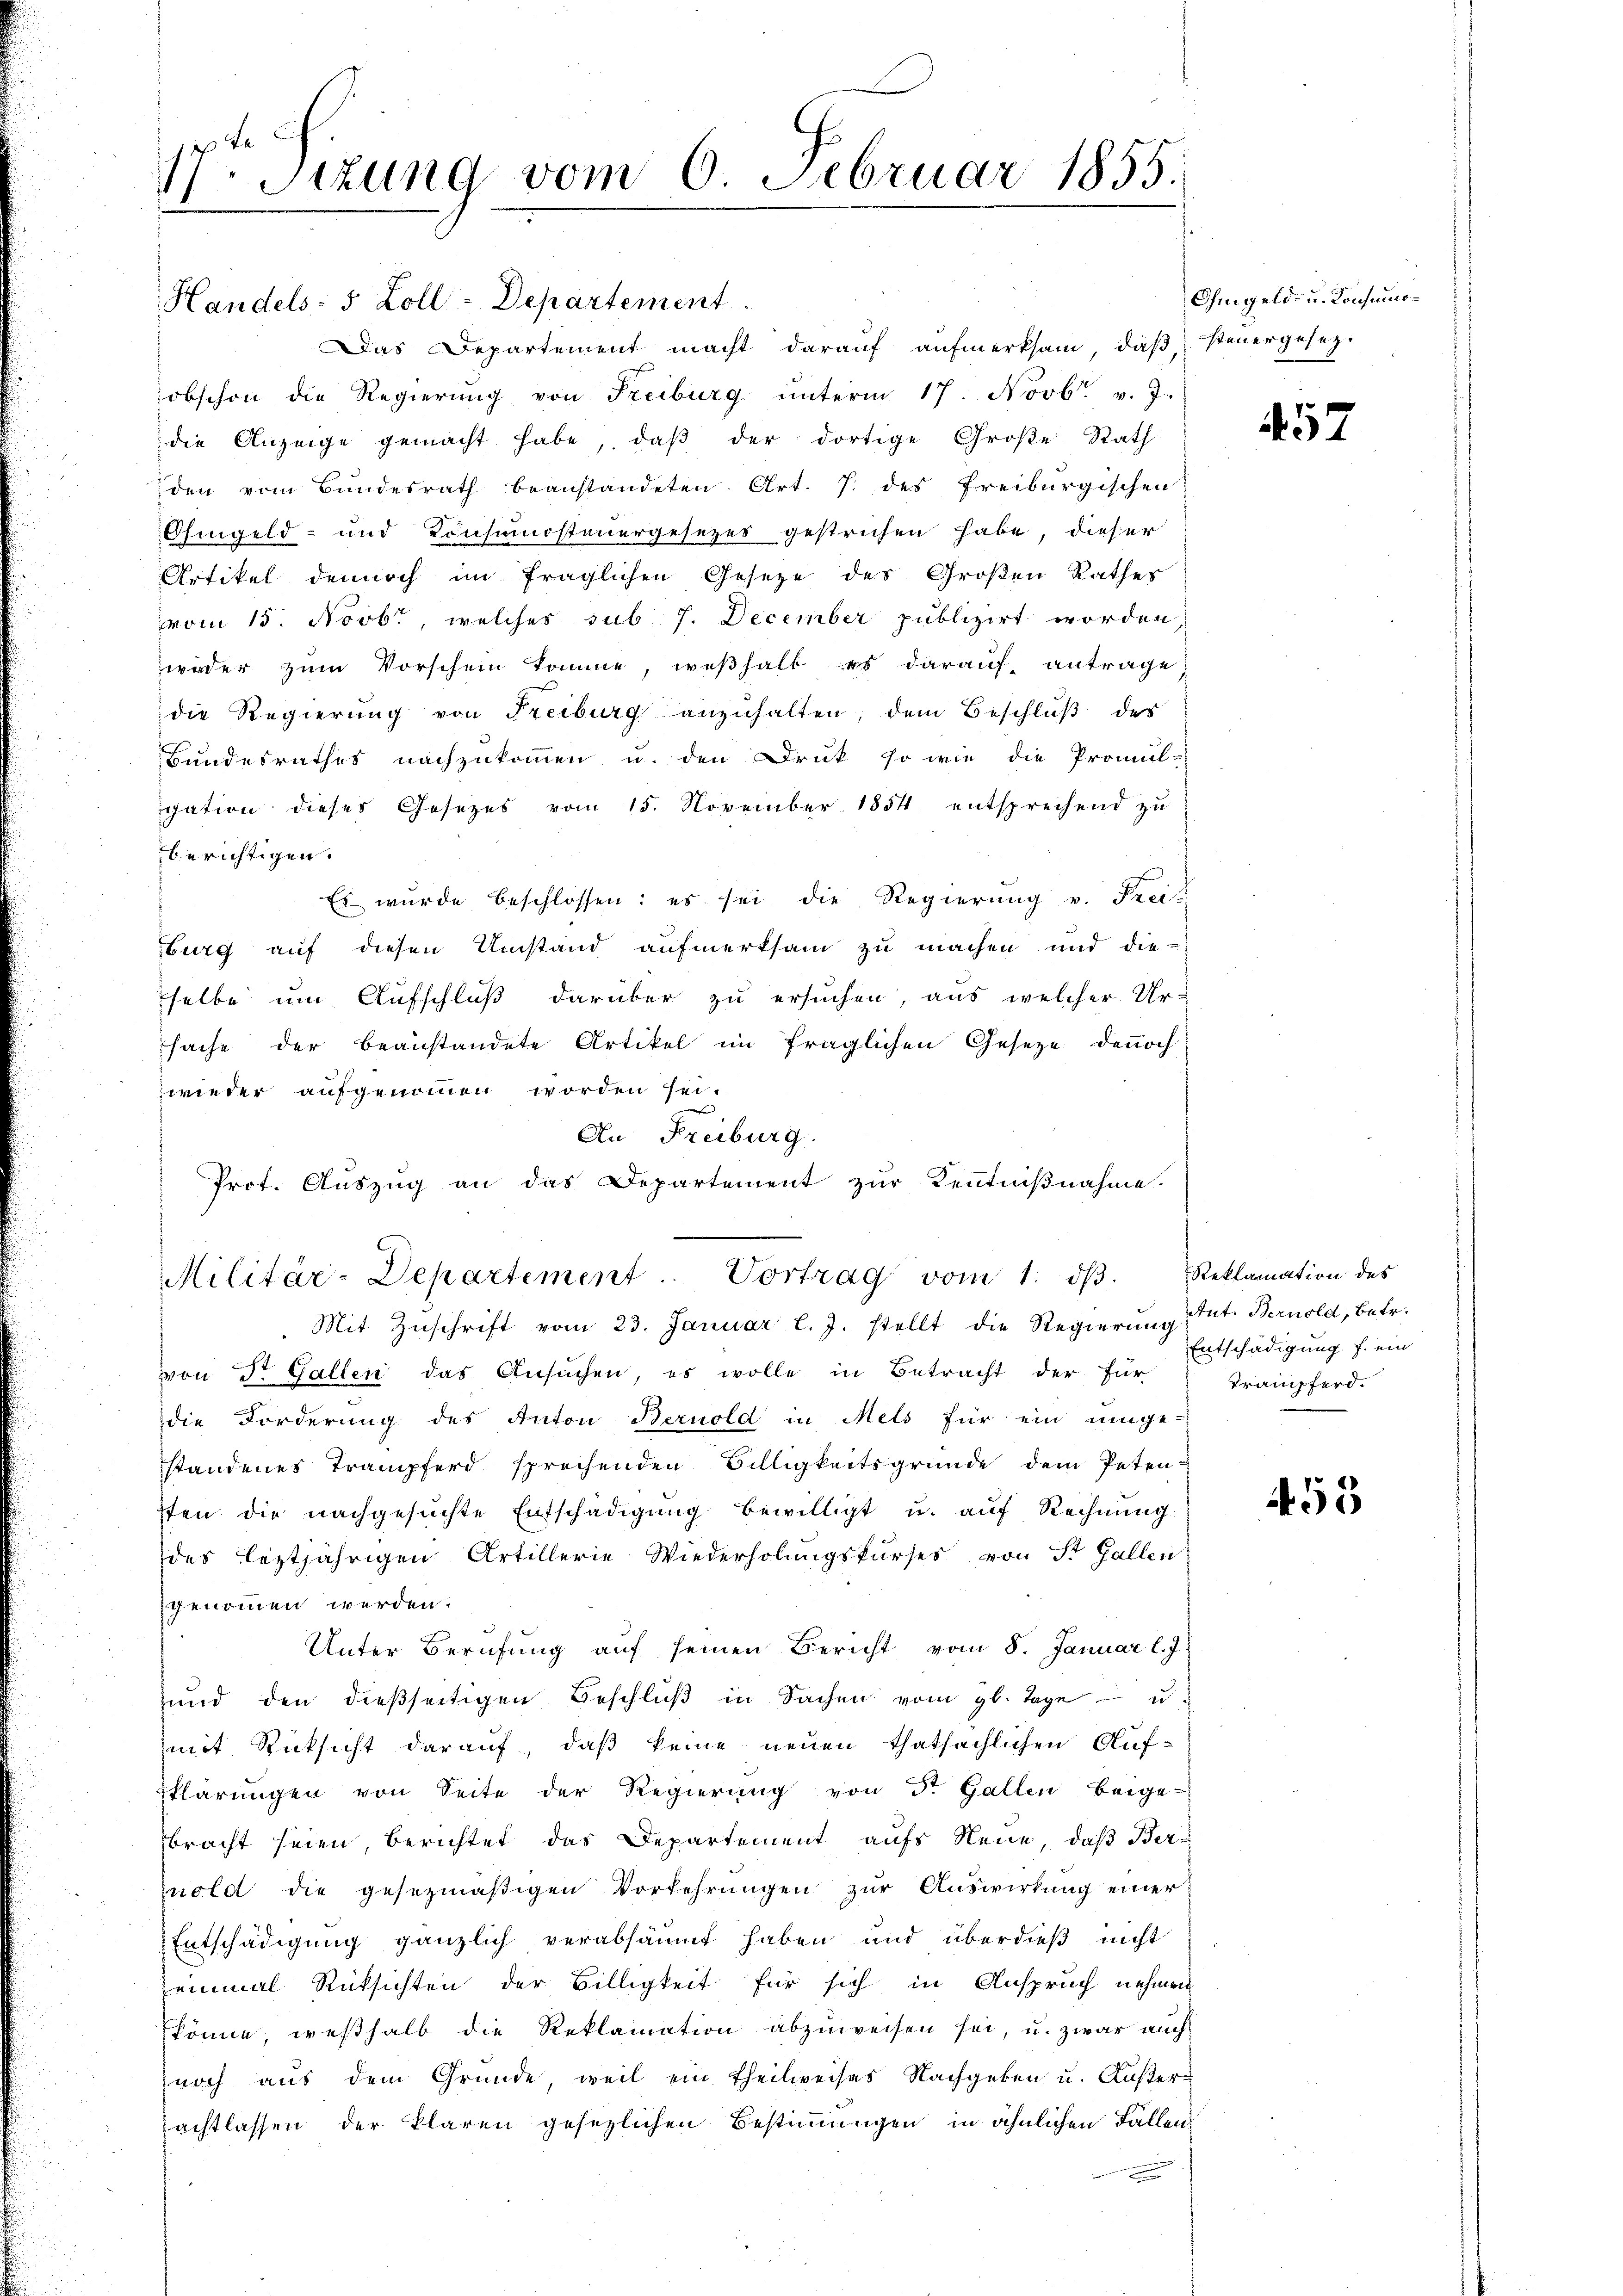
17. Setzung vom 6. Februar 1855.

Handels- 5 Zoll-Departement.
Das Departement macht darauf aufmerksam, daβ steuergesezobschon die Regierung von Freiburg ŭnterm 17. Novb. v. J.
die Anzeige gemacht habe, daβ der dortige Große Rath
den vom Bundesrath beanstandeten Art. 7. des Freiburgischen
Ohingeld- und Konsumsteuergesezes gestrichen habe, dieser
Artikel dennoch im fraglichen Gesetze des Großen Rathes
vom 15. Novbr, welches sub 7. December publizirt worden,
weder zum Vorschein komme, weßhalb es darauf, antrage
die Regierung von Freiburg anzuhalten, dem Beschluß des
Bundesrathes nachzukommen u. den Druk so wie die Promul-
gation dieses Gesetzes vom 15. November 1854 entsprechend zu
berichtigen.
Es wurde beschlossen: es sei die Regierŭng v. Frei-
burg auf diesen Umstand aufmerksam zu machen und die-
selbe um Aufschluß darüber zu ersuchen, aus welcher Ur-
sache der beanstandete Artikel im fraglichen Gesetze dennoch
wieder aufgenommen worden sei.
An Freiburg.
Prot. Auszug an das Departement zur Kenntniβnahme.

Militär-Departement. Vortrag vom 1. dβ. Reklamation des

Mit Zŭschrift vom 23. Januar l. J. stellt die Regierŭng
von St. Gallen das Ansuchen, es wolle in Betracht der für
die Forderung des Anton Bernold in Mels für ein umge-
standenes Trampferd sprechenden Billigkeitsgründe dem Peten-
sten die nachgesuchte Entschädigŭng bewilligt u. auf Rechnung
des leztjährigen Artillerie Wiederholungskurses von St. Gallen
genommen werden.
Unter Berufung auf seinen Bericht vom 8. Januar l. J.
ŭnd den dießseitigen Beschlŭβ in Sachen vom gl. Tage u.
mit Rücksicht darauf, daß keine neuen thatsächlichen Auf-
klärŭngen von Seite der Regierŭng von St. Gallen beige-
bracht seien, berichtet das Departement aufs Neue, daß Bernold die gesezmäβigen Vorkehrungen zur Auswirkung einer
Entschädigung gänzlich verabsäumt haben und überdieß nicht
einmal Rücksichten der Billigkeit für sich in Anspruch nehmen
könne, weshalb die Reklamation abzŭweisen sei, u. zwar auch
noch aus dem Gründe, weil ein Theilweises Nachgeben u. Außerachtlassen der klaren gesetzlichen Bestimmungen in ähnlichen Fällen¬

Ohmgeld- u. Konsumo¬

57

Ant. Bernold, betr.
Entschädigung f. ein
Trämpferd.

453